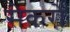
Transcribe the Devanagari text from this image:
सेकरो